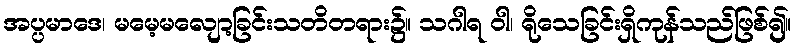
အပ္ပမာဒေ၊ မမေ့မလျော့ခြင်းသတိတရား၌။ သဂါရ ဝါ၊ ရိုသေခြင်းရှိကုန်သည်ဖြစ်၍။